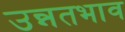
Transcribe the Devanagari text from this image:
उन्नतभाव